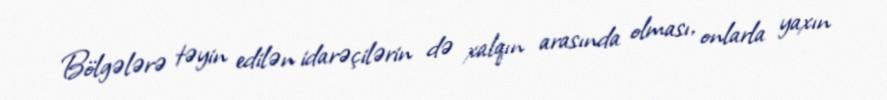
Bölgələrə təyin edilən idarəçilərin də xalqın arasında olması, onlarla yaxın